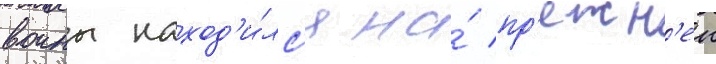
воины наход'и́лс'я на́ пр'ежн'еи